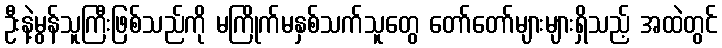
ဦးနဲ့မွန်သူကြီးဖြစ်သည်ကို မကြိုက်မနှစ်သက်သူတွေ တော်တော်များများရှိသည့် အထဲတွင်